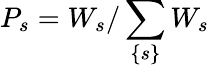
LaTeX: P_{s}=W_{s}/\sum_{\left\{ s\right\} }W_{s}